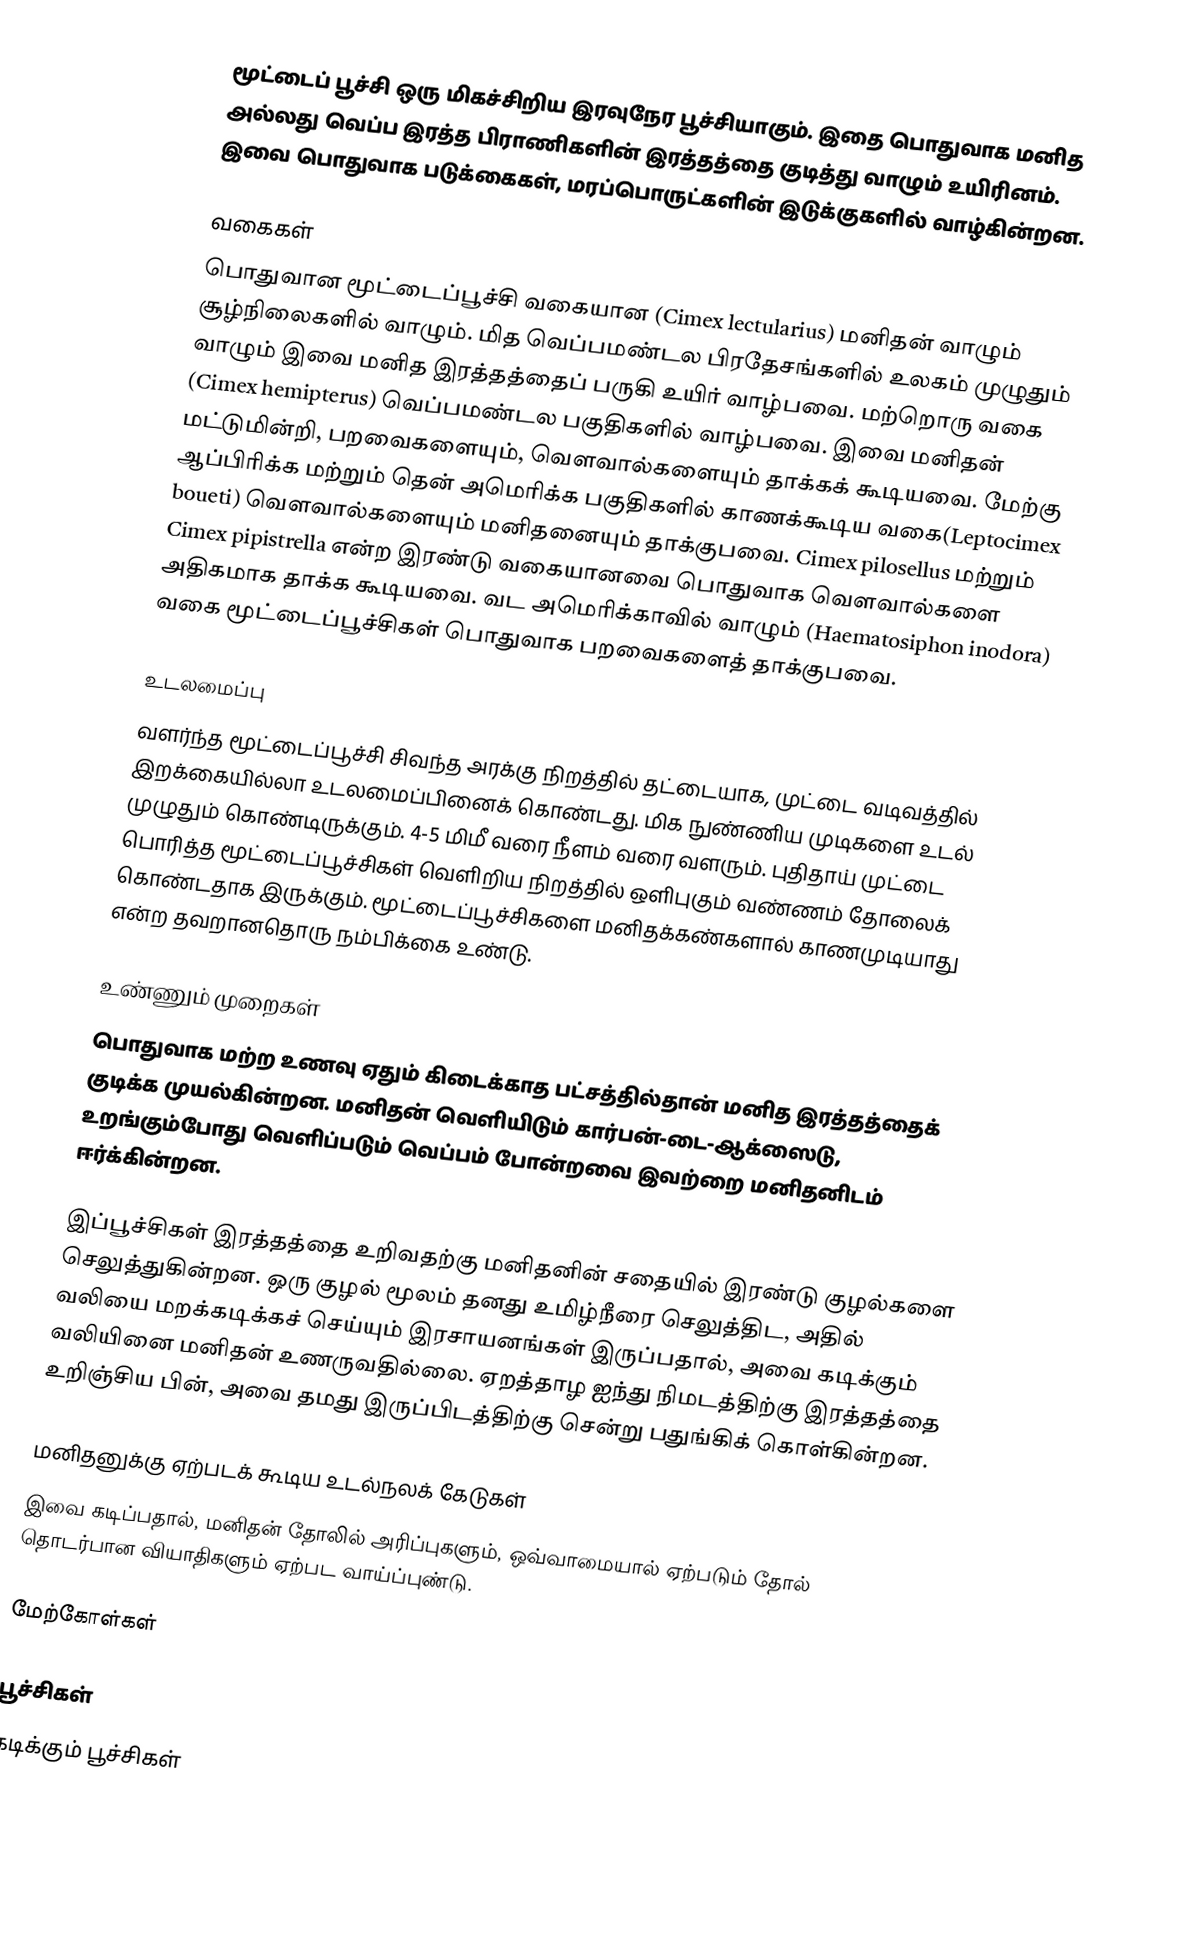
மூட்டைப் பூச்சி ஒரு மிகச்சிறிய இரவுநேர பூச்சியாகும். இதை பொதுவாக மனித அல்லது வெப்ப இரத்த பிராணிகளின் இரத்தத்தை குடித்து வாழும் உயிரினம். இவை பொதுவாக படுக்கைகள், மரப்பொருட்களின் இடுக்குகளில் வாழ்கின்றன.

வகைகள்
பொதுவான மூட்டைப்பூச்சி வகையான (Cimex lectularius) மனிதன் வாழும் சூழ்நிலைகளில் வாழும். மித வெப்பமண்டல பிரதேசங்களில் உலகம் முழுதும் வாழும் இவை மனித இரத்தத்தைப் பருகி உயிர் வாழ்பவை. மற்றொரு வகை (Cimex hemipterus) வெப்பமண்டல பகுதிகளில் வாழ்பவை. இவை மனிதன் மட்டுமின்றி, பறவைகளையும், வௌவால்களையும் தாக்கக் கூடியவை. மேற்கு ஆப்பிரிக்க மற்றும் தென் அமெரிக்க பகுதிகளில் காணக்கூடிய வகை(Leptocimex boueti) வௌவால்களையும் மனிதனையும் தாக்குபவை. Cimex pilosellus மற்றும் Cimex pipistrella என்ற இரண்டு வகையானவை பொதுவாக வௌவால்களை அதிகமாக தாக்க கூடியவை. வட அமெரிக்காவில் வாழும் (Haematosiphon inodora) வகை மூட்டைப்பூச்சிகள் பொதுவாக பறவைகளைத் தாக்குபவை.

உடலமைப்பு
வளர்ந்த மூட்டைப்பூச்சி சிவந்த அரக்கு நிறத்தில் தட்டையாக, முட்டை வடிவத்தில் இறக்கையில்லா உடலமைப்பினைக் கொண்டது. மிக நுண்ணிய முடிகளை உடல் முழுதும் கொண்டிருக்கும். 4-5 மிமீ வரை நீளம் வரை வளரும். புதிதாய் முட்டை பொரித்த மூட்டைப்பூச்சிகள் வெளிறிய நிறத்தில் ஒளிபுகும் வண்ணம் தோலைக் கொண்டதாக இருக்கும். மூட்டைப்பூச்சிகளை மனிதக்கண்களால் காணமுடியாது என்ற தவறானதொரு நம்பிக்கை உண்டு.

உண்ணும் முறைகள்
பொதுவாக மற்ற உணவு ஏதும் கிடைக்காத பட்சத்தில்தான் மனித இரத்தத்தைக் குடிக்க முயல்கின்றன. மனிதன் வெளியிடும் கார்பன்-டை-ஆக்ஸைடு, உறங்கும்போது வெளிப்படும் வெப்பம் போன்றவை இவற்றை மனிதனிடம் ஈர்க்கின்றன.

இப்பூச்சிகள் இரத்தத்தை உறிவதற்கு மனிதனின் சதையில் இரண்டு குழல்களை செலுத்துகின்றன. ஒரு குழல் மூலம் தனது உமிழ்நீரை செலுத்திட, அதில் வலியை மறக்கடிக்கச் செய்யும் இரசாயனங்கள் இருப்பதால், அவை கடிக்கும் வலியினை மனிதன் உணருவதில்லை. ஏறத்தாழ ஐந்து நிமடத்திற்கு இரத்தத்தை உறிஞ்சிய பின், அவை தமது இருப்பிடத்திற்கு சென்று பதுங்கிக் கொள்கின்றன.

மனிதனுக்கு ஏற்படக் கூடிய உடல்நலக் கேடுகள்
இவை கடிப்பதால், மனிதன் தோலில் அரிப்புகளும், ஒவ்வாமையால் ஏற்படும் தோல் தொடர்பான வியாதிகளும் ஏற்பட வாய்ப்புண்டு.

மேற்கோள்கள்

பூச்சிகள்
கடிக்கும் பூச்சிகள்